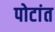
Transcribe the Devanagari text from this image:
पोटांत